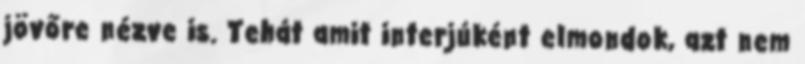
jövőre nézve is. Tehát amit interjúként elmondok, azt nem